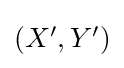
\textstyle (X',Y')